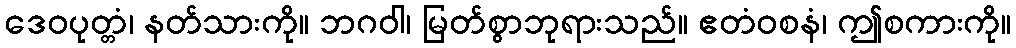
ဒေဝပုတ္တံ၊ နတ်သားကို။ ဘဂဝါ၊ မြတ်စွာဘုရားသည်။ ဧတံဝစနံ၊ ဤစကားကို။